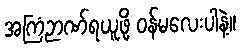
အကြံဉာဏ်ရယူဖို့ ဝန်မလေးပါနဲ့။